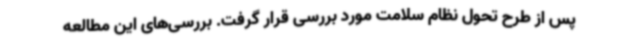
پس از طرح تحول نظام سلامت مورد بررسی قرار گرفت. بررسی‌های این مطالعه